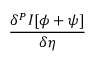
\frac { \delta ^ { P } I [ \phi + \psi ] } { \delta \eta }